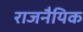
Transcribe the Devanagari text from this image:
राजनैयिक